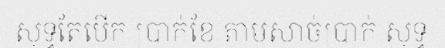
សុទ្ធតែបើក ប្រាក់ខែ តាមសាច់ប្រាក់ សុទ្ធ